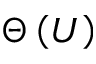
\Theta \left( U \right)